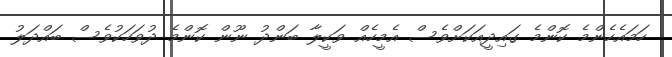
ހަމައެހެންމެ ކޮންމެ ގައިދީއަކަށްވެސް އެމީހެއް ވަކީލާ ބަންދު ނޫން ކޮންމެ ދުވަހަކުވެސް ބައްދަލު